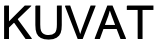
KUVAT